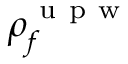
\rho _ { f } ^ { \mathrm { ~ u ~ p ~ w ~ } }